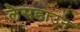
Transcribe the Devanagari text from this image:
लैसडाउन